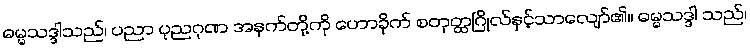
ဓမ္မသဒ္ဒါသည်၊ ပညာ ပုညဂုဏ အနက်တို့ကို ဟောခိုက် စတုတ္ထဂြိုလ်နှင့်သာလျော်၏။ ဓမ္မသဒ္ဒါ သည်၊